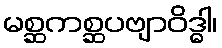
မစ္ဆကစ္ဆပဗျာဝိဒ္ဓါ၊